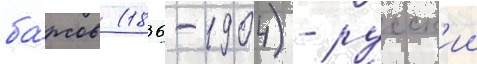
ба́рсов (1836-1904) - русск'ии